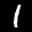
Label: 1